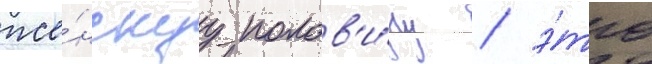
же́нскуу полов'и́ну / э́то